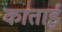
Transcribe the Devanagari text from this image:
काताई